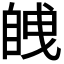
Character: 𮍚